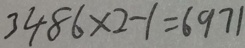
3 4 8 6 \times 2 - 1 = 6 9 7 1